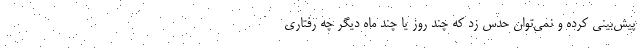
پیش‌بینی کرده و نمی‌توان حدس زد که چند روز یا چند ماه دیگر چه رفتاری